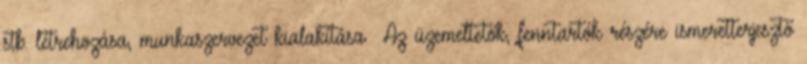
stb. létrehozása, munkaszervezet kialakítása ▪Az üzemeltetők, fenntartók részére ismeretterjesztő